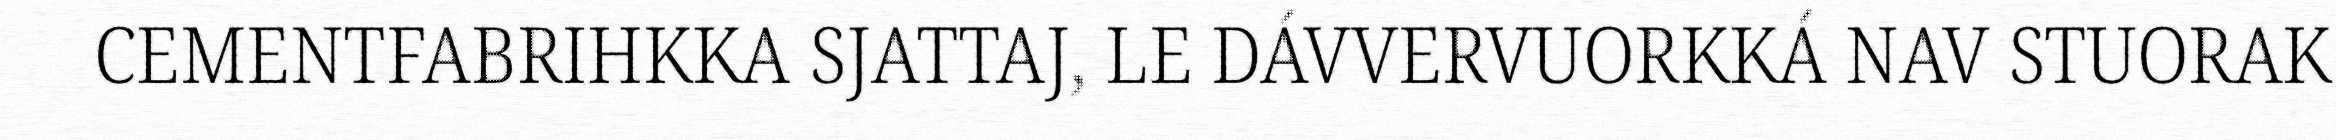
CEMENTFABRIHKKA SJATTAJ, LE DÁVVERVUORKKÁ NAV STUORAK